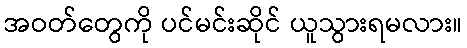
အဝတ်တွေကို ပင်မင်းဆိုင် ယူသွားရမလား။